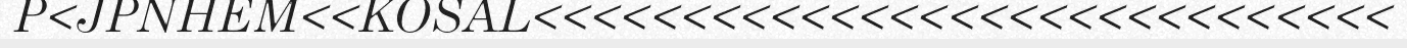
P<JPNHEM<<KOSAL<<<<<<<<<<<<<<<<<<<<<<<<<<<<<